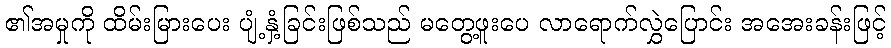
၏အမှုကို ထိမ်းမြားပေး ပျံ့နှံ့ခြင်းဖြစ်သည် မတွေ့ဖူးပေ လာရောက်လွှဲပြောင်း အအေးခန်းဖြင့်